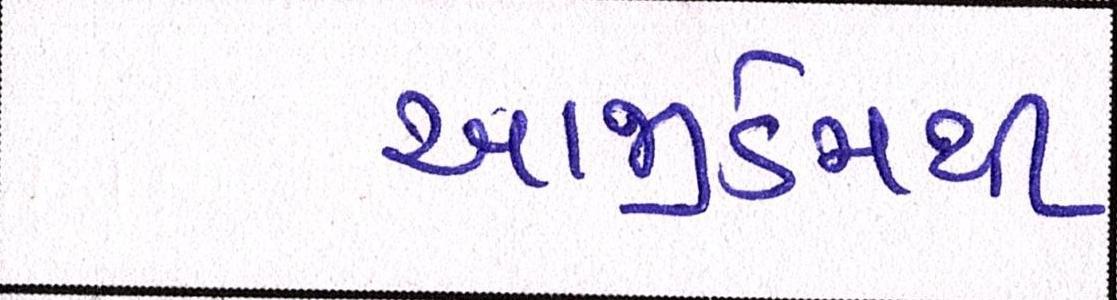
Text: આજીડેમથી